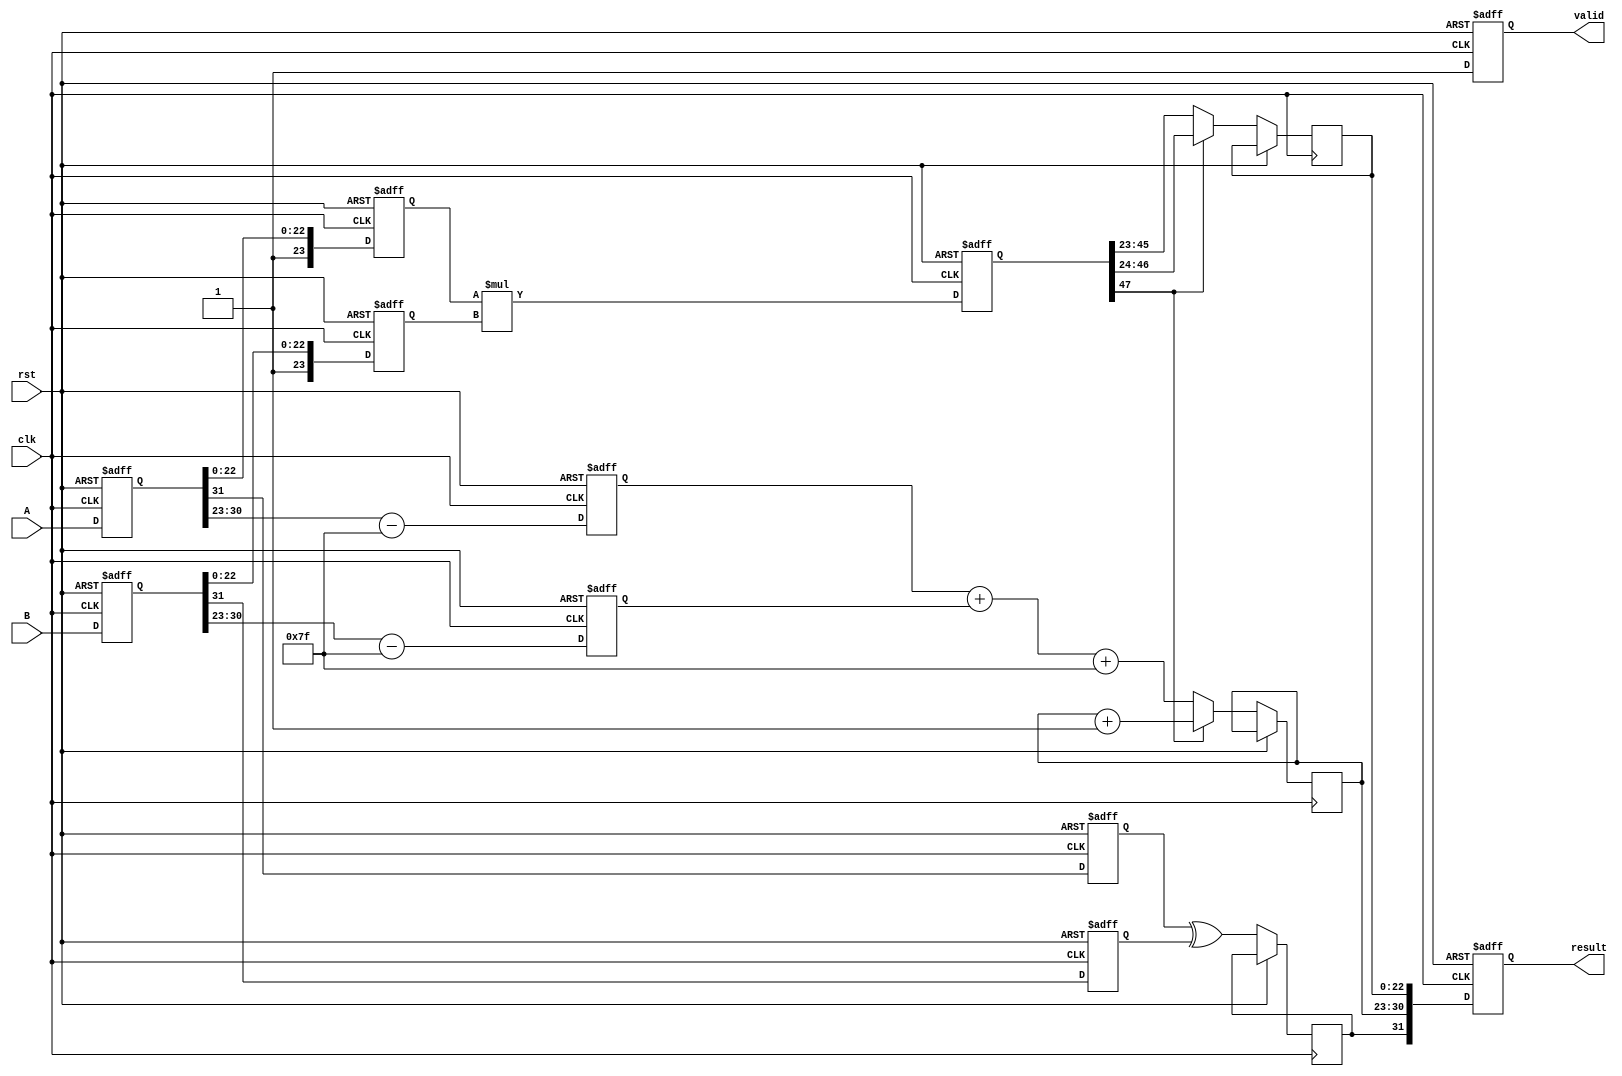
module floating_point_multiplier (
    input  wire clk,
    input  wire rst,
    input  wire [31:0] A, // First input
    input  wire [31:0] B, // Second input
    output reg  [31:0] result, // Output result
    output reg  valid // Output valid signal
);

    // IEEE 754 single-precision components
    wire sign_A, sign_B, sign_result;
    wire [7:0] exp_A, exp_B, exp_result;
    wire [22:0] mant_A, mant_B, mant_result;

    // Intermediate registers for pipeline stages
    reg  [31:0] stage1_A, stage1_B;
    reg  sign_reg_A, sign_reg_B;
    reg  [7:0] exp_reg_A, exp_reg_B;
    reg  [23:0] mant_reg_A, mant_reg_B;
    reg  sign_reg;
    reg  [7:0] exp_reg;
    reg  [47:0] mant_mult; // to store mantissa multiplication result

    // Stage 1: Input Capture
    always @(posedge clk or posedge rst) begin
        if (rst) begin
            stage1_A <= 32'b0;
            stage1_B <= 32'b0;
        end else begin
            stage1_A <= A;
            stage1_B <= B;
        end
    end

    // Stage 2: Sign Calculation
    always @(posedge clk or posedge rst) begin
        if (rst) begin
            sign_reg_A <= 1'b0;
            sign_reg_B <= 1'b0;
        end else begin
            sign_reg_A <= stage1_A[31];
            sign_reg_B <= stage1_B[31];
        end
    end

    // Stage 3: Exponent Calculation
    always @(posedge clk or posedge rst) begin
        if (rst) begin
            exp_reg_A <= 8'b0;
            exp_reg_B <= 8'b0;
        end else begin
            exp_reg_A <= stage1_A[30:23] - 8'd127; // Removing bias
            exp_reg_B <= stage1_B[30:23] - 8'd127; // Removing bias
        end
    end

    // Stage 4: Mantissa Calculation
    always @(posedge clk or posedge rst) begin
        if (rst) begin
            mant_reg_A <= 24'b0;
            mant_reg_B <= 24'b0;
        end else begin
            mant_reg_A <= {1'b1, stage1_A[22:0]}; // Adding implicit leading 1
            mant_reg_B <= {1'b1, stage1_B[22:0]}; // Adding implicit leading 1
        end
    end

    // Mantissa Multiplication
    always @(posedge clk or posedge rst) begin
        if (rst) begin
            mant_mult <= 48'b0;
        end else begin
            mant_mult <= mant_reg_A * mant_reg_B;
        end
    end

    // Stage 5: Result Construction
    always @(posedge clk or posedge rst) begin
        if (rst) begin
            result <= 32'b0;
            valid <= 1'b0;
        end else begin
            sign_result <= sign_reg_A ^ sign_reg_B; // Result sign
            exp_result <= exp_reg_A + exp_reg_B + 8'd127; // Re-add bias

            // Normalization
            if (mant_mult[47]) begin // If mantissa overflow
                mant_result <= mant_mult[46:24]; // Shift right
                exp_result <= exp_result + 1; // Increment exponent
            end else begin
                mant_result <= mant_mult[45:23]; // Keep mantissa
            end

            // Final result assembly
            result <= {sign_result, exp_result, mant_result[22:0]};
            valid <= 1'b1; // Operation valid
        end
    end

endmodule